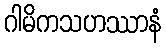
ဂါမိကသဟဿာနံ